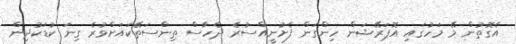
އެގޮތުން މޭ މަހުގައި އޮޕަރޭޝަން ހިންގަން ފެށުނީއްސުރެ ދެހާސް ތިންސަތޭކައަށްވުރެ ގިނަ ކުޑަކުދިން